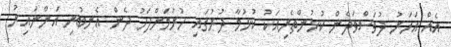
އެއް އަހަރު ދުވަސްވަދެން ކުޅުންތެރިއަކު ކުޅުމާ ދުރުގައި ހުރުމަށްފަހު ދެން އެނބުރި އަންނައިރު